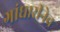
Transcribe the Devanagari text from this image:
गांधारीनेच